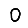
Digit: 0